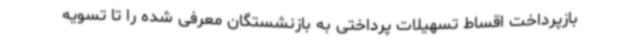
بازپرداخت اقساط تسهیلات پرداختی به بازنشستگان معرفی شده را تا تسویه